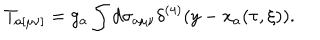
LaTeX: T _ { a [ \mu \nu ] } = g _ { a } \int d \sigma _ { a \mu \nu } \delta ^ { ( 4 ) } ( y - x _ { a } ( \tau , \xi ) ) .